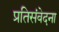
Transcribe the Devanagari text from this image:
प्रतिसंवेदना